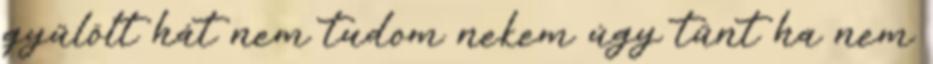
gyűlölt hát nem tudom nekem úgy tűnt ha nem